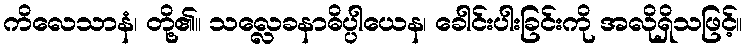
ကိလေသာနံ၊ တို့၏။ သလ္လေခနာဓိပ္ပါယေန၊ ခေါင်းပါးခြင်းကို အလိုရှိသဖြင့်။